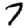
Digit: 7